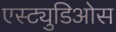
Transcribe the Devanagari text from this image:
एस्ट्युडिओस